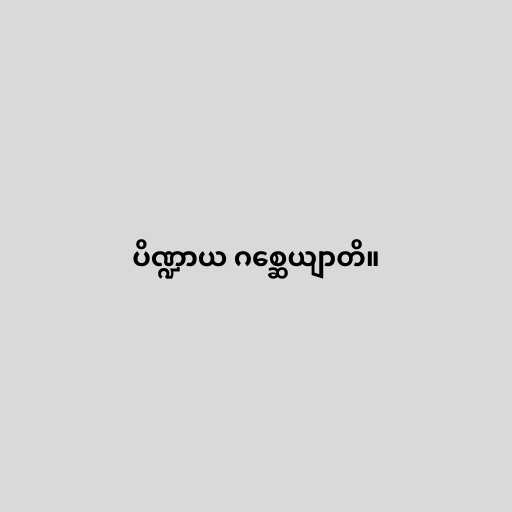
ပိဏ္ဍာယ ဂစ္ဆေယျာတိ။